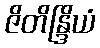
ဇိတိန္ဒြိယံ